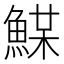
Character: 𩸏